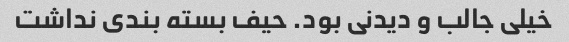
خیلی جالب و دیدنی بود. حیف بسته بندی نداشت